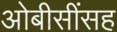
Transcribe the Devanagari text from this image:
ओबीसींसह